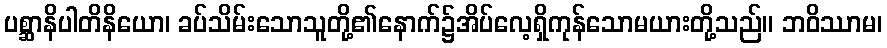
ပစ္ဆာနိပါတိနိယော၊ ခပ်သိမ်းသောသူတို့၏နောက်၌အိပ်လေ့ရှိကုန်သောမယားတို့သည်။ ဘဝိဿာမ၊